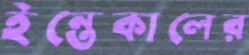
ইন্তেকালের